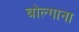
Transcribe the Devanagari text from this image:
बोल्गाना